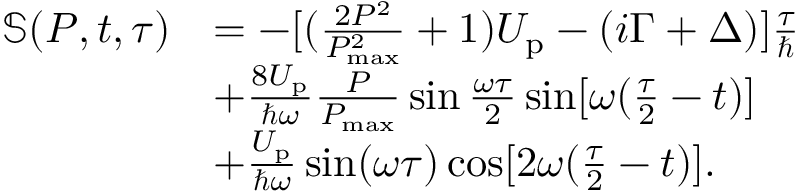
\begin{array} { r l } { \mathbb { S } ( P , t , \tau ) } & { = - [ ( \frac { 2 P ^ { 2 } } { P _ { \mathrm { m a x } } ^ { 2 } } + 1 ) U _ { \mathrm { p } } - ( i \Gamma + \Delta ) ] \frac { \tau } { \hbar } } \\ & { + \frac { 8 U _ { \mathrm { p } } } { \hbar \omega } \frac { P } { P _ { \mathrm { m a x } } } \sin \frac { \omega \tau } { 2 } \sin [ \omega ( \frac { \tau } { 2 } - t ) ] } \\ & { + \frac { U _ { \mathrm { p } } } { \hbar \omega } \sin ( \omega \tau ) \cos [ 2 \omega ( \frac { \tau } { 2 } - t ) ] . } \end{array}